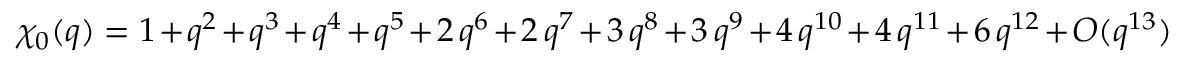
\chi _ { 0 } ( q ) = 1 + q ^ { 2 } + q ^ { 3 } + q ^ { 4 } + q ^ { 5 } + 2 \, q ^ { 6 } + 2 \, q ^ { 7 } + 3 \, q ^ { 8 } + 3 \, q ^ { 9 } + 4 \, q ^ { 1 0 } + 4 \, q ^ { 1 1 } + 6 \, q ^ { 1 2 } + O ( q ^ { 1 3 } )